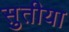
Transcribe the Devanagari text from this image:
सुतीया